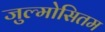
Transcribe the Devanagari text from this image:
जुल्मोसितम